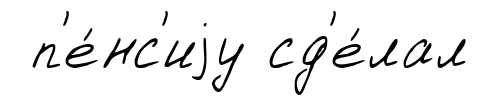
п'е́нс'иjу сд'е́лал